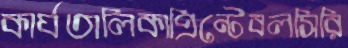
কার্যতালিকাপ্রিন্টেবলসিরি